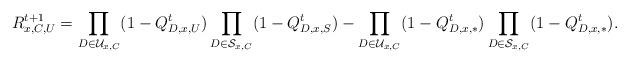
LaTeX: \begin{align*}R_{x,C,U}^{t+1}&=\prod_{D\in\mathcal{U}_{x,C}}(1- Q_{D,x,U}^t)\prod_{D\in\mathcal{S}_{x,C}}(1- Q_{D,x,S}^t)-\prod_{D\in\mathcal{U}_{x,C}}(1- Q_{D,x,*}^t)\prod_{D\in\mathcal{S}_{x,C}}(1- Q_{D,x,*}^t).\end{align*}